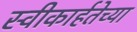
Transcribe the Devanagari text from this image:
स्वीकार्हतेच्या